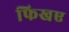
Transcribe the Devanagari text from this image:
फिखए